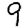
Digit: 9